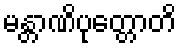
မန္တာဏိပုတ္တောတိ